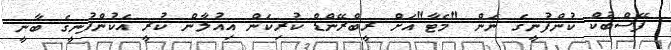
ފޭސްބުކް ކުންފުނީގެ ނަން "މެޓާ"އަށް ރީބްރޭންޑް ކުރިކަން އިއުލާން ކުރީ އެކުންފުނީގެ ބާނީ